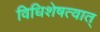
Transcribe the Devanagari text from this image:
विधिशेषत्वात्